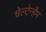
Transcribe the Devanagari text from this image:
चेल्टेन्हैम